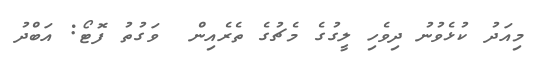
މިއަދު ކުޅެވުނު ދިވެހި ލީގުގެ މެޗުގެ ތެރެއިން  ވަގުތު ފޮޓޯ: އަބްދު